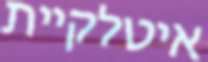
איטלקיית